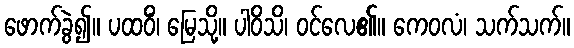
ဖောက်ခွဲ၍။ ပထဝိံ၊ မြေသို့။ ပါဝိသိ၊ ဝင်လေ၏။ ကေဝလံ၊ သက်သက်။